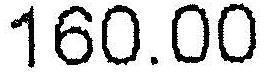
160.00